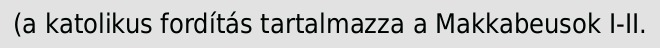
(a katolikus fordítás tartalmazza a Makkabeusok I-II.